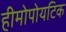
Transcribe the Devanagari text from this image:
हीमोपोयटिक